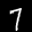
Label: 7